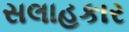
સલાહકાર